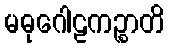
မဓုဂေါဠကဉ္စာတိ